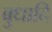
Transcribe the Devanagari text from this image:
बुधादि